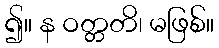
၍။ န ဝတ္တတိ၊ မဖြစ်။